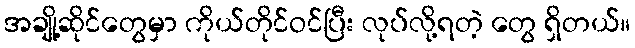
အချို့ဆိုင်တွေမှာ ကိုယ်တိုင်ဝင်ပြီး လုပ်လို့ရတဲ့ တွေ ရှိတယ်။